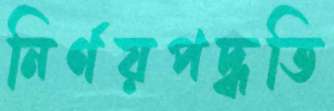
নির্ণয়পদ্ধতি